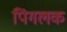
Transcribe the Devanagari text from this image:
पिंगलक